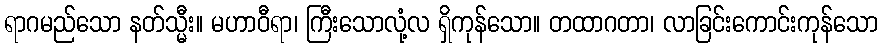
ရာဂမည်သော နတ်သ္မီး။ မဟာဝီရာ၊ ကြီးသောလုံ့လ ရှိကုန်သော။ တထာဂတာ၊ လာခြင်းကောင်းကုန်သော